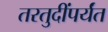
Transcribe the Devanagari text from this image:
तरतुदींपर्यंत